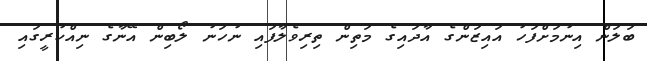
ބަލަން އިނުމަށްފަހު އައިޒަންގެ އާދައިގެ މަތިން ތިރިވެލާފައި ނުހަނު ލޯބިން އޭނާގެ ނިއްކުރީގައި